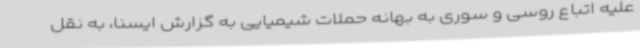
علیه اتباع روسی و سوری به بهانه حملات شیمیایی به گزارش ایسنا، به نقل